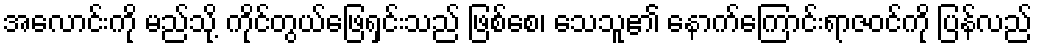
အလောင်းကို မည်သို့ ကိုင်တွယ်ဖြေရှင်းသည် ဖြစ်စေ၊ သေသူ၏ နောက်ကြောင်းရာဇဝင်ကို ပြန်လည်